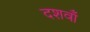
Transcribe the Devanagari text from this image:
दशवाँ